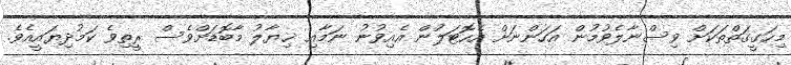
މިހަގީގަތްތަކަށް ވިސްނާލެވުމުން އަހަންނަށް އެހޮޓަލުން އެއިވުނު ނަމާއި ޚިޔާލު މާބޮޑަށްވެސް ރީތިވެ ކަމުދިޔައީއެވެ.